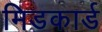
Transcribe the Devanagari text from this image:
मिडकार्ड